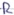
Text: R